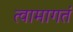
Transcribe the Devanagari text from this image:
त्वामागतं